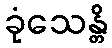
ခုံသေန္တိ